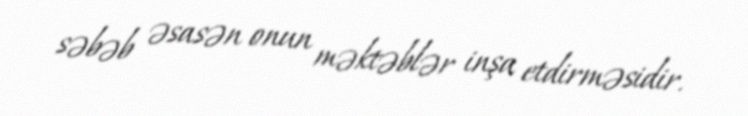
səbəb əsasən onun məktəblər inşa etdirməsidir.